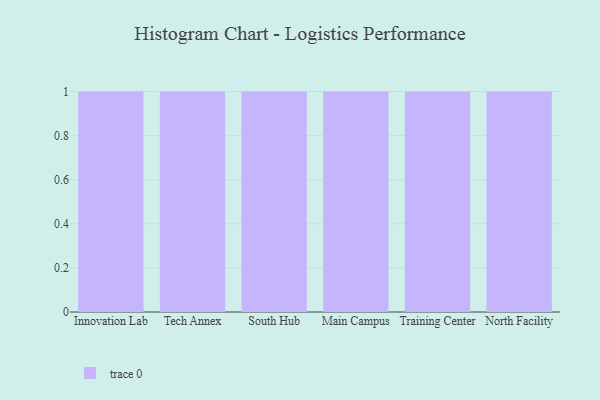
{"axis": {"x": "Campus", "y": "Demand Index"}, "legend": [""], "data": [{"x": "Innovation Lab", "y": 91, "type": ""}, {"x": "Tech Annex", "y": 97, "type": ""}, {"x": "South Hub", "y": 1, "type": ""}, {"x": "Main Campus", "y": 64, "type": ""}, {"x": "Training Center", "y": 85, "type": ""}, {"x": "North Facility", "y": 27, "type": ""}]}